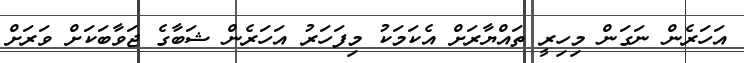
އަހަރެން ނަގަން މިހިރީ ތައްޔާރަށް އެކަމަކު މިފަހަރު އަހަރެން ޝަބާގެ ޖަވާބަކަށް ވަރަށް